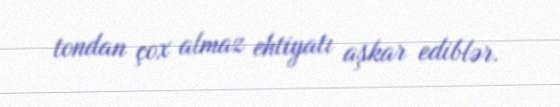
tondan çox almaz ehtiyatı aşkar ediblər.